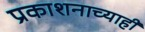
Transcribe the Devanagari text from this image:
प्रकाशनाच्याही